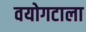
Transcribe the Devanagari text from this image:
वयोगटाला